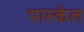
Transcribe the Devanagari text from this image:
पास्कॅल